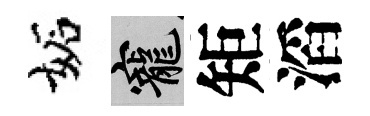
妬寵矩滔